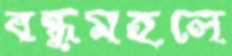
বন্ধুমহলে